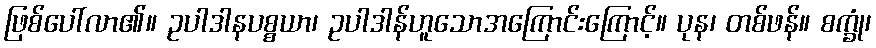
ဖြစ်ပေါ်လာ၏။ ဥပါဒါနပစ္စယာ၊ ဥပါဒါန်ဟူသောအကြောင်းကြောင့်။ ပုန၊ တစ်ဖန်။ စက္ခုံ၊